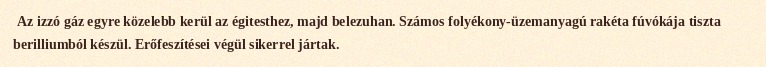
Az izzó gáz egyre közelebb kerül az égitesthez, majd belezuhan. Számos folyékony-üzemanyagú rakéta fúvókája tiszta berilliumból készül. Erőfeszítései végül sikerrel jártak.